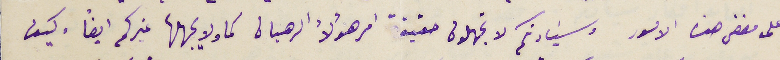
على مضض هذه الامور وسَيادتكم لا تجهلون حقيقة امر هؤلاء الرهبان كما ولا يجهلها غيركم ايضا. كيف